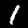
Label: 1